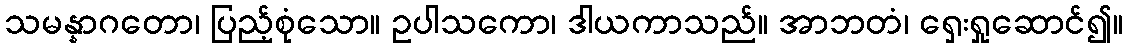
သမန္နာဂတော၊ ပြည့်စုံသော။ ဥပါသကော၊ ဒါယကာသည်။ အာဘတံ၊ ရှေးရှုဆောင်၍။